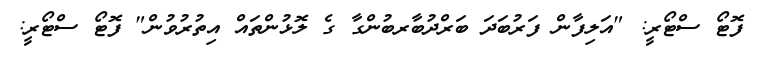
ފޮޓޯ ސްޓޯރީ: "އަލިފާން ފަރުބަދަ ބަރްދުބާރބުންގާ ގެ ލޮޅުންތައް އިތުރުވުން" ފޮޓޯ ސްޓޯރީ: